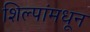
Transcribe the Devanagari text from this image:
शिल्पांमधून